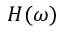
H ( \omega )